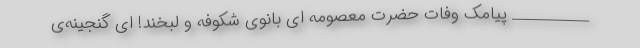
___________ پیامک وفات حضرت معصومه ای بانوی شکوفه و لبخند! ای گنجینه‌ی